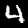
Label: 4